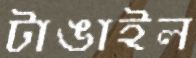
টাঙাইল